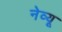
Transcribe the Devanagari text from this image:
नेव्यू